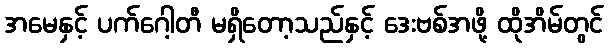
အမေနှင့် ပက်ဂေါ့တီ မရှိတော့သည်နှင့် ဒေးဗစ်အဖို့ ထိုအိမ်တွင်